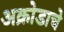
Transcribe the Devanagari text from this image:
अक्रोडाचे